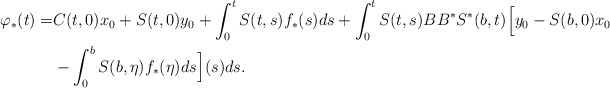
\begin{align*}\varphi_*(t)=&C(t,0)x_0+S(t,0)y_0+\int_0^t S(t,s)f_*(s)ds+\int_0^t S(t,s)BB^{*}S^{*}(b,t)\Big[y_0-S(b,0)x_0\\&-\int_0^b S(b,\eta)f_*(\eta)ds\Big](s)ds.\end{align*}